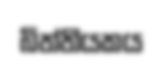
බිත්තියකය